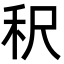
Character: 𬓤